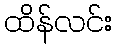
ထိန်လင်း